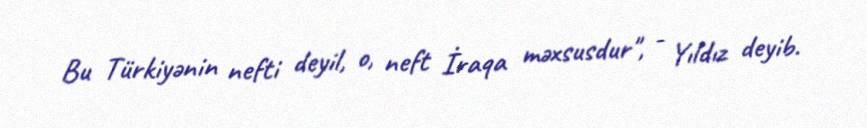
Bu Türkiyənin nefti deyil, o, neft İraqa məxsusdur", - Yıldız deyib.